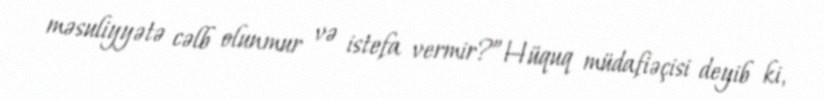
məsuliyyətə cəlb olunmur və istefa vermir?”Hüquq müdafiəçisi deyib ki,